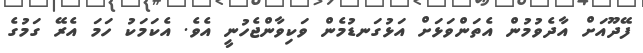
ފޭދޫއަށް އާދެވުމުން އެތަންވަޅަށް އަޅުގަނޑުމެން ވަކިވާންޖެހުނީ އެވެ. އެކަމަކު ހަމަ އެރޭ ގަމުގެ